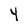
Character: 4